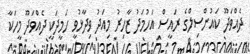
ދެއްވަދޫ ކައުންސިލްގެ ރައީސް އަހުމަދު ޒާހިރު މިއަދު ވިދާޅުވީ ހަމީދަކީ ދެއްވަދޫ މީހަކާ